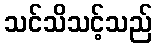
သင်သိသင့်သည်